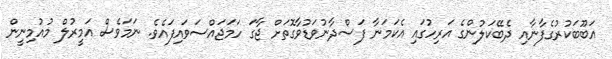
އަބޫބަކުރުގެފާނާއި ދެބޭކަލުންގެ އަރިހުގައި އެކަމަނާ ފަސްދާނުވަޑުވާގޮތަށް ޖާގަ ހަމަޖައްސަވައިފައެވެ. ނަމަވެސް އަމީރުލް މުއުމިނީން